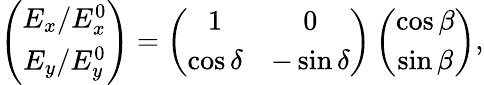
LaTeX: \begin{array}{r}{\left(\begin{array}{c}{E_{x}/E_{x}^{0}}\\ {E_{y}/E_{y}^{0}}\end{array}\right)=\left(\begin{array}{cc}{1}&{0}\\ {\cos\delta}&{-\sin\delta}\end{array}\right)\left(\begin{array}{c}{\cos\beta}\\ {\sin\beta}\end{array}\right),}\end{array}